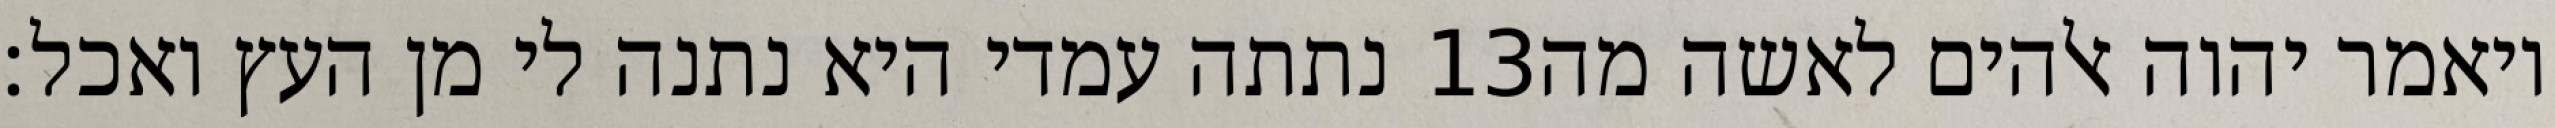
נתתה עמדי היא נתנה לי מן העץ ואכל׃ ‎13‏ ויאמר יהוה אלהים לאשה מה